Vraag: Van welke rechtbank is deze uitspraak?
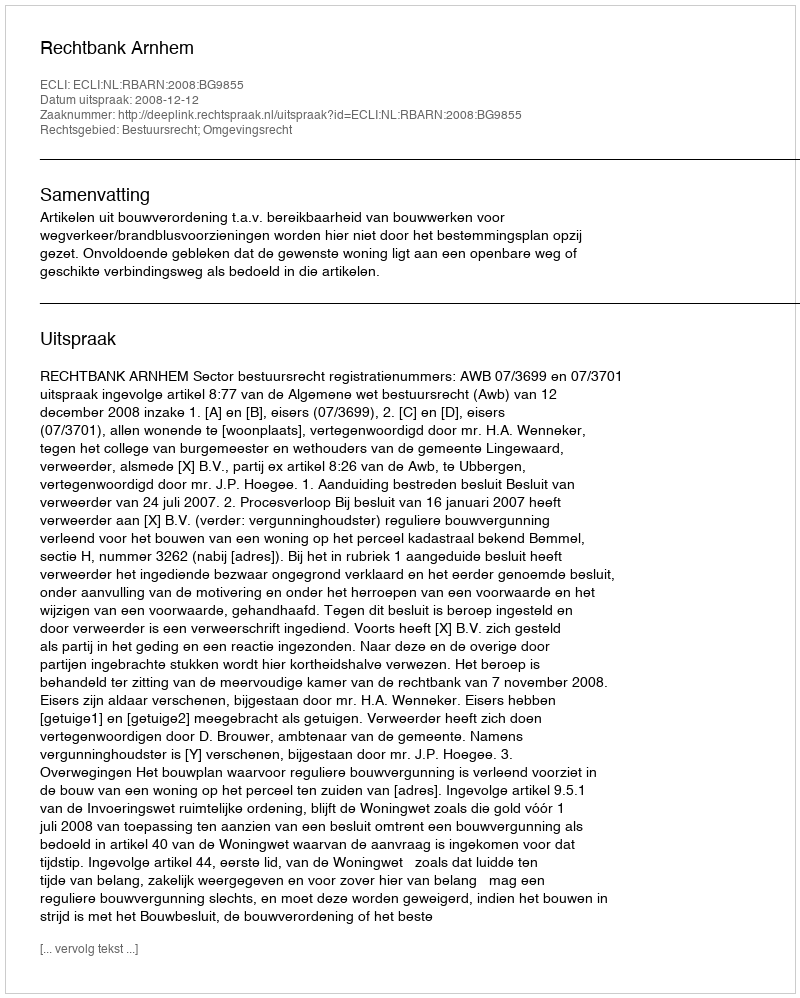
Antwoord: Rechtbank Arnhem